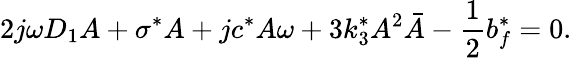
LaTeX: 2j\omega D_{1}A+\sigma^{*}A+jc^{*}A\omega+3k_{3}^{*}A^{2}\bar{A}-\frac{1}{2}b_{f}^{*}=0.